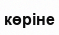
көріне